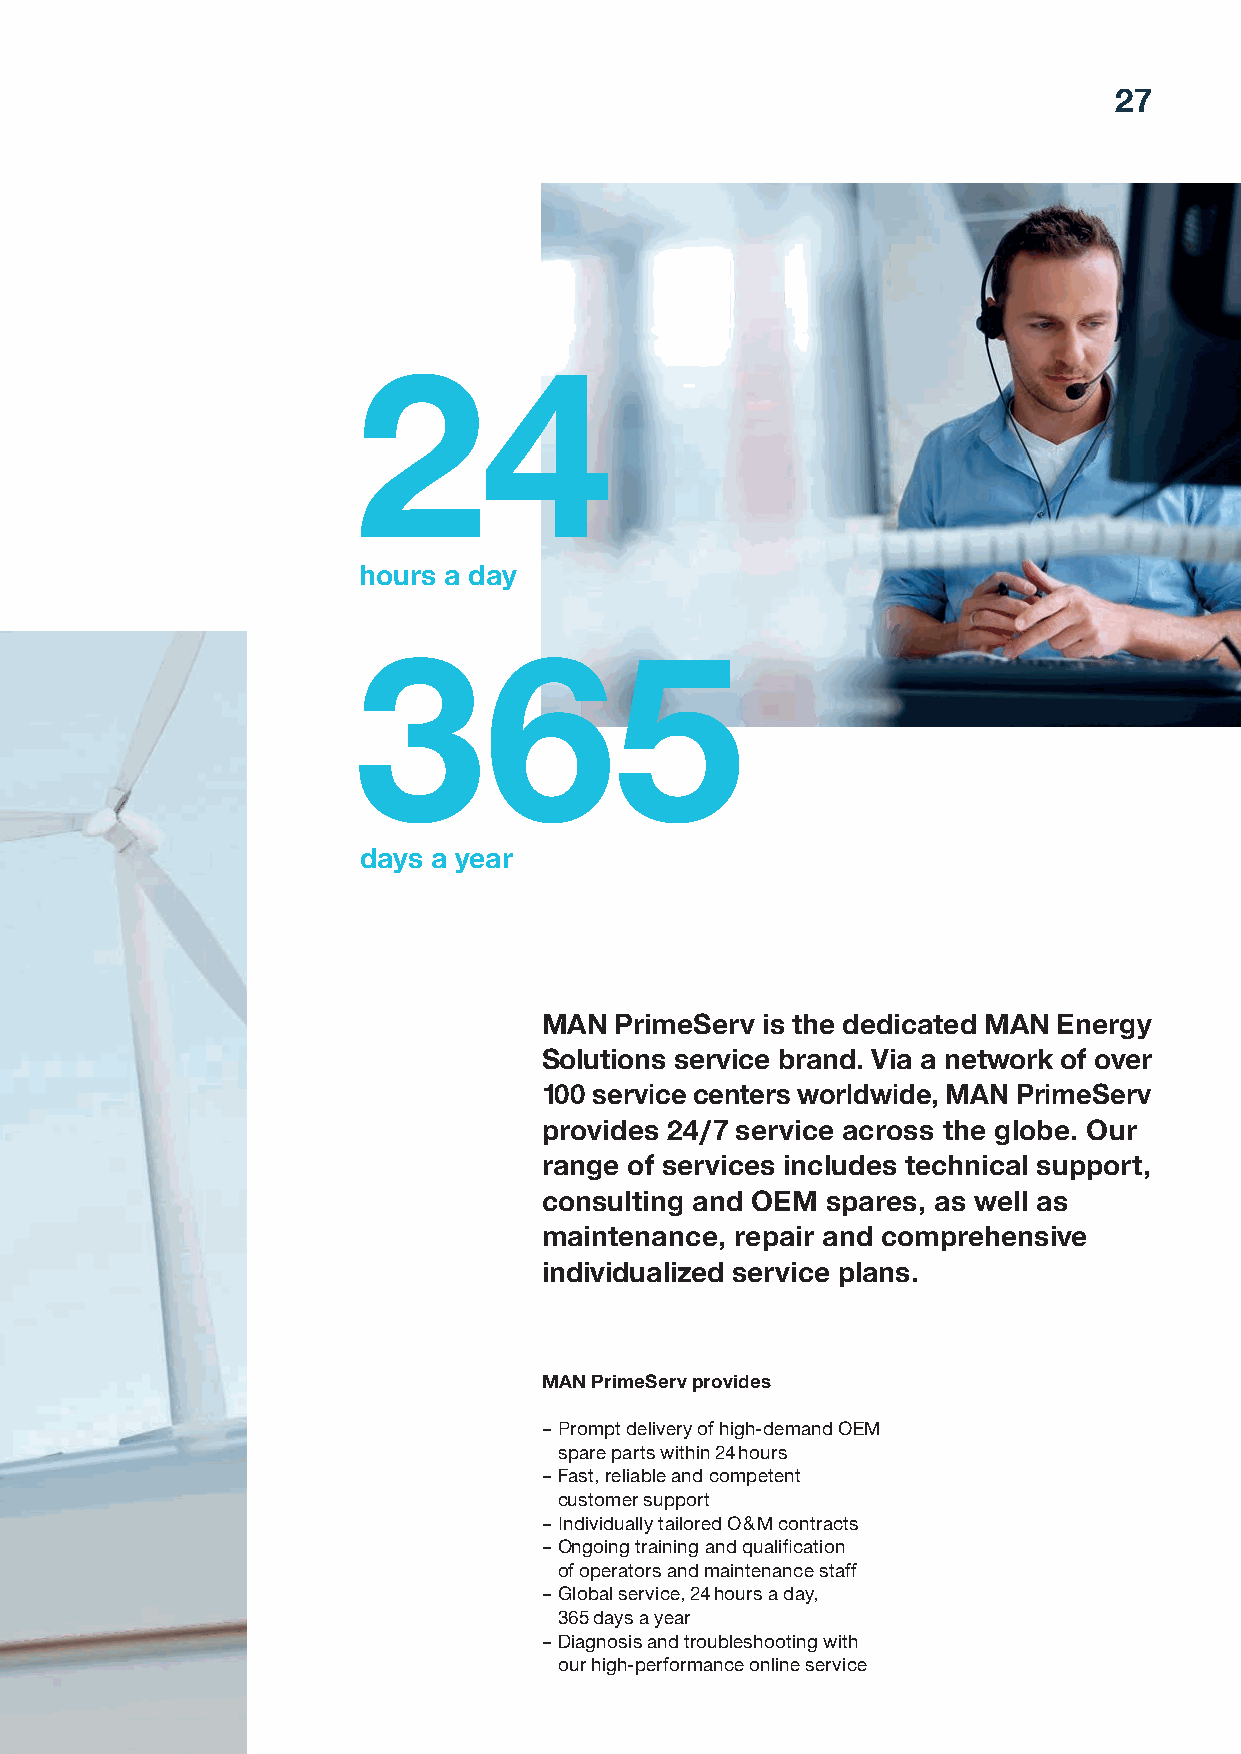
27
 24
 hours a day
 365
 days a year
 MAN  PrimeServ is the dedicated MAN Energy
 Solutions service brand. Via a network of over
 100 service centers worldwide, MAN PrimeServ
 provides 24/7 service across the globe. Our
 range of services includes technical support,
 consulting and OEM spares, as well as
 maintenance, repair and comprehensive
 individualized service plans.
 MAN PrimeServ provides
 – Prompt delivery of high-demand OEM
 spare parts within 24 hours
 – Fast, reliable and competent
 customer support
 – Individually tailored O&M contracts
 – Ongoing training and qualification
 of operators and maintenance staff
 – Global service, 24 hours a day,
 365 days a year
 – Diagnosis and troubleshooting with
 our high-performance online service